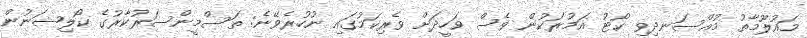
މައުލޫމާތު މުއްސަނދިވި ކޯޓު އަމުރަކުން ވެސް ވަހީދަށް ވެރިކަމުގައި ނުހުރެވޭނެ: ތަސްމީންސަރުކާރުގެ ކޯލިޝަނުން